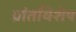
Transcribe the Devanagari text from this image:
प्रांतविशेष